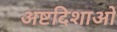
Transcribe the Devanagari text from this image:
अष्टदिशाओं